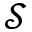
\mathcal { S }